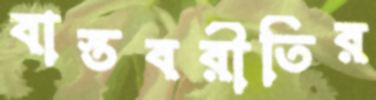
বাস্তবরীতির